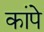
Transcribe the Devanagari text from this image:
कांपे